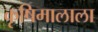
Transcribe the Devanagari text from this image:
कृषिमालाला